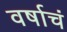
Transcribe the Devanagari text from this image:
वर्षाचं